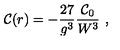
{ \cal C } ( r ) = - { \frac { 2 7 } { g ^ { 3 } } } { \frac { { \cal C } _ { 0 } } { W ^ { 3 } } } \ ,